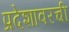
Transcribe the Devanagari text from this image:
प्रदेशावरची